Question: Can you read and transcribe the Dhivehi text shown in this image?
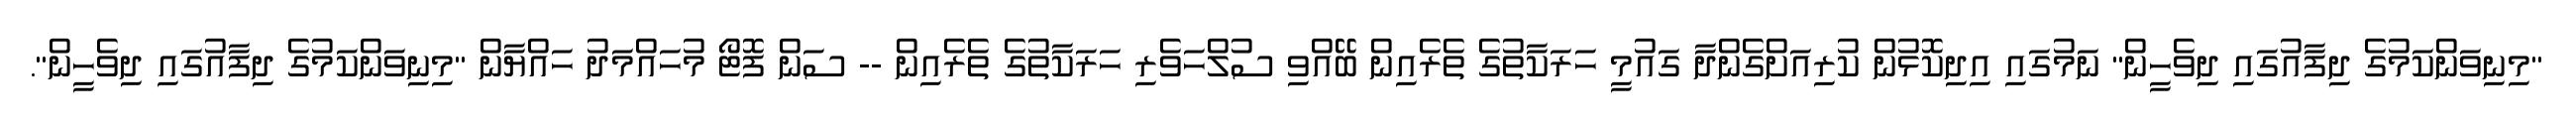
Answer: "މިނިވަންކަމުގެ ދިފާއުގައި ދިވެހީން" ނަމުގައި އިދިކޮޅުން ކުރިއަށްގެންދާ ގައުމީ ހަރަކާތުގެ ތެރެއިން ބޭއްވި ސުލްހަވެރި ހަރަކާތުގެ ތެރެއިން -- ސަން ފޮޓޯ މުހައްމަދު ހައްޔާން "މިނިވަންކަމުގެ ދިފާއުގައި ދިވެހީން".